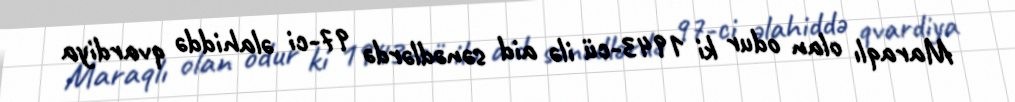
Maraqlı olan odur ki 1943-cü ilə aid sənədlərdə 97-ci əlahiddə qvardiya